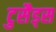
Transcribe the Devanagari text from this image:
टुसैड्स